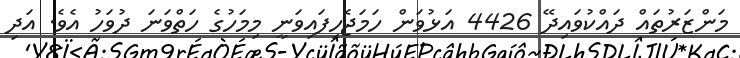
މަންޒަރުތައް ދައްކުވައިދޭ 4426 އަޅުވަން ހަމަޖެހިފައިވަނީ މިމަހުގެ ހަތްވަނަ ދުވަހު އެވެ. އަދި